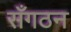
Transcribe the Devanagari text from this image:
सँगठन